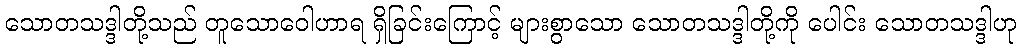
သောတသဒ္ဒါတို့သည် တူသောဝေါဟာရ ရှိခြင်းကြောင့် များစွာသော သောတသဒ္ဒါတို့ကို ပေါင်း သောတသဒ္ဒါဟု